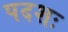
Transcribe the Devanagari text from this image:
पदशः